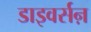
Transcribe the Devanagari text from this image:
डाइवर्सऩ